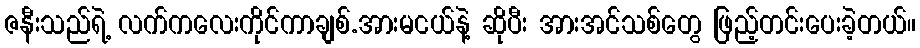
ဇနီးသည်ရဲ့ လက်ကလေးကိုင်ကာချစ်.အားမငယ်နဲ့ ဆိုပီး အားအင်သစ်တွေ ဖြည့်တင်းပေးခဲ့တယ်။